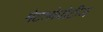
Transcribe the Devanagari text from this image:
मेटलोप्रोटीज